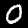
Digit: 0